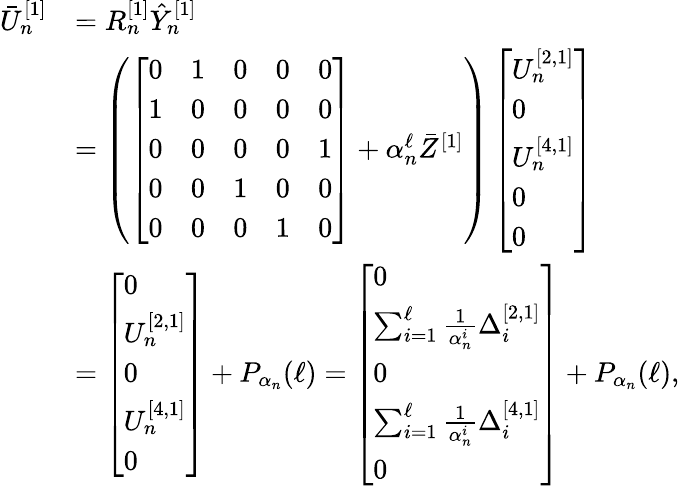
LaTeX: \begin{array}{rl}{\bar{U}_{n}^{[1]}}&{=R_{n}^{[1]}\hat{Y}_{n}^{[1]}}\\ &{=\left(\left[\begin{array}{lllll}{0}&{1}&{0}&{0}&{0}\\ {1}&{0}&{0}&{0}&{0}\\ {0}&{0}&{0}&{0}&{1}\\ {0}&{0}&{1}&{0}&{0}\\ {0}&{0}&{0}&{1}&{0}\end{array}\right]+\alpha_{n}^{\ell}\bar{Z}^{[1]}\right)\left[\begin{array}{l}{U_{n}^{[2,1]}}\\ {0}\\ {U_{n}^{[4,1]}}\\ {0}\\ {0}\end{array}\right]}\\ &{=\left[\begin{array}{l}{0}\\ {U_{n}^{[2,1]}}\\ {0}\\ {U_{n}^{[4,1]}}\\ {0}\end{array}\right]+P_{\alpha_{n}}(\ell)=\left[\begin{array}{l}{0}\\ {\sum_{i=1}^{\ell}\frac{1}{\alpha_{n}^{i}}\Delta_{i}^{[2,1]}}\\ {0}\\ {\sum_{i=1}^{\ell}\frac{1}{\alpha_{n}^{i}}\Delta_{i}^{[4,1]}}\\ {0}\end{array}\right]+P_{\alpha_{n}}(\ell),}\end{array}